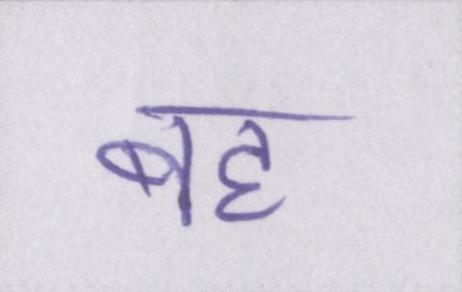
बह